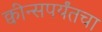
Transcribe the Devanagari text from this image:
क्वीन्सपर्यंतचा